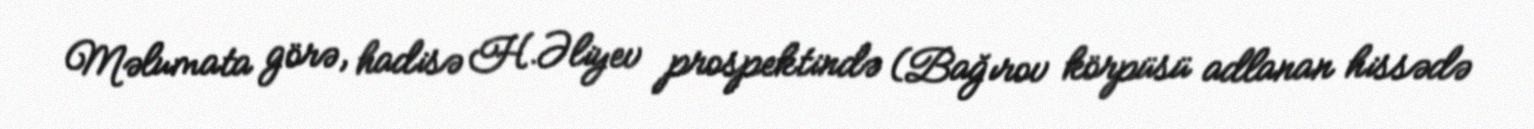
Məlumata görə, hadisə H.Əliyev prospektində (Bağırov körpüsü adlanan hissədə